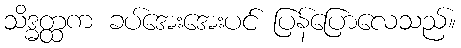
သိဒ္ဓတ္ထက ခပ်အေးအေးပင် ပြန်ပြောလေသည်။